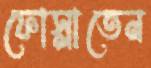
ফোস্‌লাতেন